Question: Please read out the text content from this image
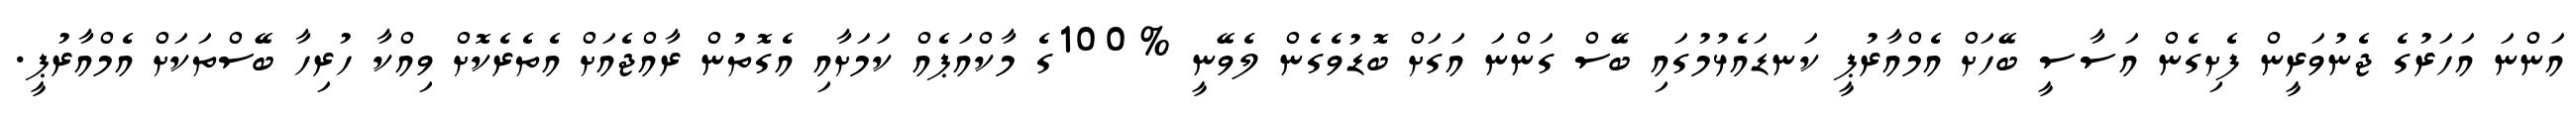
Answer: އަންނަ އަހަރުގެ ޖެނުވަރީން ފެށިގެން އަސާސީ ބޭހަށް އެމްއާރުޕީ ކަނޑައެޅުމުގައި ބޭސް ގަންނަ އަގަށް ބޮޑުވެގެން ލެވޭނީ %100ގެ މާކްއަޕެއް ކަމަށާއި އެގޮތުން ރާއްޖެއަށް އެތެރެކޮށް ވިއްކާ ހުރިހާ ބޭސްތަކަށް އެމްއާރުޕީ.